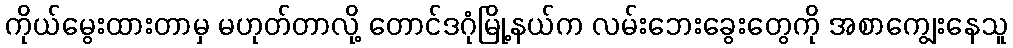
ကိုယ်မွေးထားတာမှ မဟုတ်တာလို့ တောင်ဒဂုံမြို့နယ်က လမ်းဘေးခွေးတွေကို အစာကျွေးနေသူ